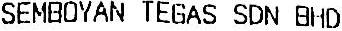
SEMBOYAN TEGAS SDN BHD